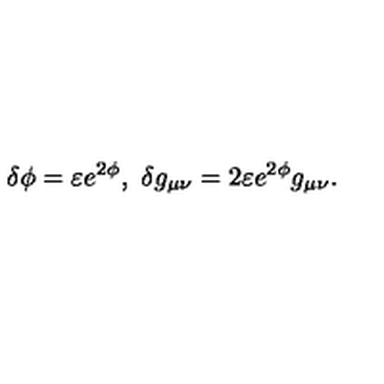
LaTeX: \delta \phi = \varepsilon e ^ { 2 \phi } , \ \delta g _ { \mu \nu } = 2 \varepsilon e ^ { 2 \phi } g _ { \mu \nu } .